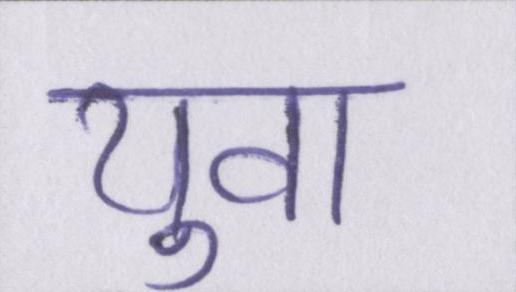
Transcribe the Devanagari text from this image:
युवा